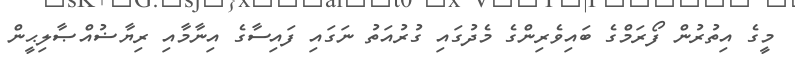
މީގެ އިތުރުން ފޯރަމްގެ ބައިވެރިންގެ މެދުގައި ގުރުއަތު ނަގައި ފައިސާގެ އިނާމާއި ރިޔާޟުއްޞާލިޙީން